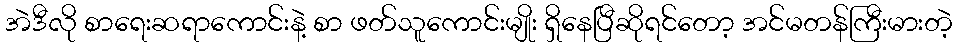
အဲဒီလို စာရေးဆရာကောင်းနဲ့ စာ ဖတ်သူကောင်းမျိုး ရှိနေပြီဆိုရင်တော့ အင်မတန်ကြီးမားတဲ့